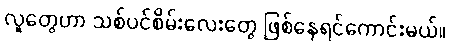
လူတွေဟာ သစ်ပင်စိမ်းလေးတွေ ဖြစ်နေရင်ကောင်းမယ်။